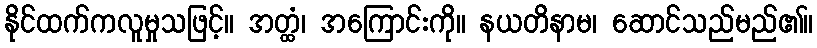
နိုင်ထက်ကလူမှုသဖြင့်။ အတ္ထံ၊ အကြောင်းကို။ နယတိနာမ၊ ဆောင်သည်မည်၏။